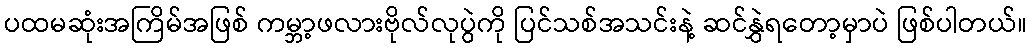
ပထမဆုံးအကြိမ်အဖြစ် ကမ္ဘာ့ဖလားဗိုလ်လုပွဲကို ပြင်သစ်အသင်းနဲ့ ဆင်နွှဲရတော့မှာပဲ ဖြစ်ပါတယ်။